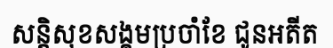
សន្តិសុខសង្គមប្រចាំខែ ជូនអតីត